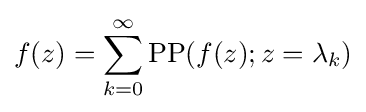
f(z)=\sum _{k=0}^{\infty }\operatorname {PP} (f(z);z=\lambda _{k})